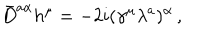
\bar { D } ^ { a \alpha } h ^ { \mu } = - 2 i ( \gamma ^ { \mu } \lambda ^ { a } ) ^ { \alpha } \, ,